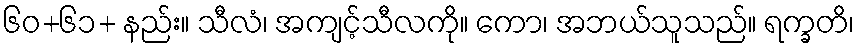
၆၀+၆၁+ နည်း။ သီလံ၊ အကျင့်သီလကို။ ကော၊ အဘယ်သူသည်။ ရက္ခတိ၊